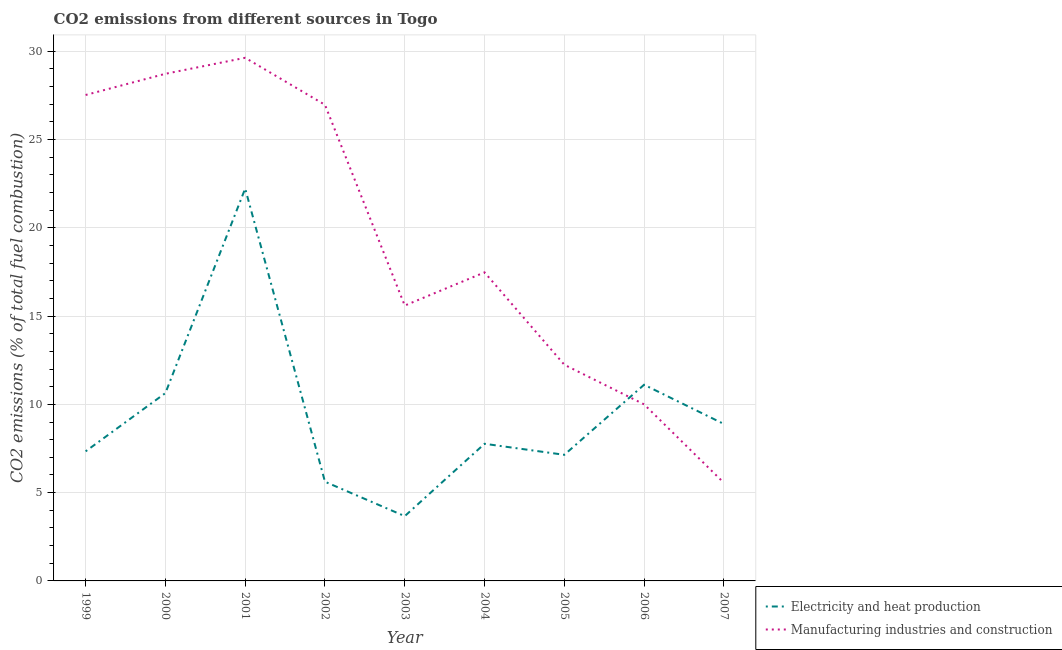
| Year | Electricity and heat production | Manufacturing industries and construction |
 | --- | --- | --- |
 | 1999 | 7.34 | 27.5 |
 | 2000 | 10.6 | 28.7 |
 | 2001 | 22.2 | 29.6 |
 | 2002 | 5.62 | 27 |
 | 2003 | 3.67 | 15.6 |
 | 2004 | 7.77 | 17.5 |
 | 2005 | 7.14 | 12.2 |
 | 2006 | 11.1 | 10 |
 | 2007 | 8.89 | 5.56 |